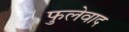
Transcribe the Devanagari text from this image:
फुलेवाद